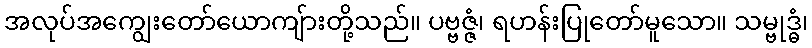
အလုပ်အကျွေးတော်ယောကျ်ားတို့သည်။ ပဗ္ဗဇ္ဇံ၊ ရဟန်းပြုတော်မူသော။ သမ္ဗုဒ္ဓံ၊